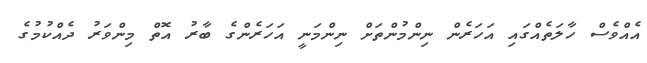
އެއްވެސް ހާލަތެއްގައި އަހަރެން ނިންމުންތަށް ނިންމަނީ އަހަރެންގެ ބާރު އޮތް މިންވަރު ދެއްކުމުގެ